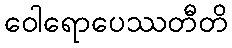
ဝေါရောပေဿတီတိ